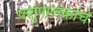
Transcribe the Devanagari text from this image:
पशुपालकांचे